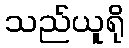
သည်ယူရို